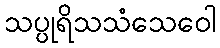
သပ္ပုရိသသံသေဝေါ